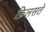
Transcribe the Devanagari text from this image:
फ़िलसते